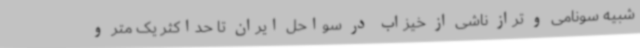
شبیه سونامی و تراز ناشی از خیزاب در سواحل ایران تا حداکثر یک متر و